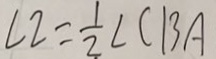
\angle 2 = \frac { 1 } { 2 } \angle C B A